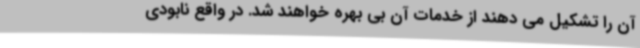
آن را تشکیل می دهند از خدمات آن بی بهره خواهند شد. در واقع نابودی